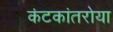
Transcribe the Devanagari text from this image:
कंटकांतरोया